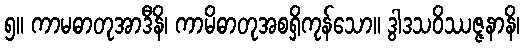
၅။ ကာမဓာတုအာဒီနိ၊ ကာမိဓာတုအစရှိကုန်သော။ ဒွါဒသဝိဿဇ္ဇနာနိ၊